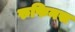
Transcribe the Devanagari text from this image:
रुफिनस